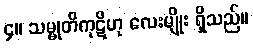
၄။ သမ္မုတိကုဋိဟု လေးမျိုး ရှိသည်။